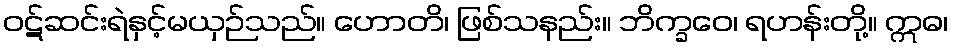
ဝဋ်ဆင်းရဲနှင့်မယှဉ်သည်။ ဟောတိ၊ ဖြစ်သနည်း။ ဘိက္ခဝေ၊ ရဟန်းတို့။ ဣဓ၊